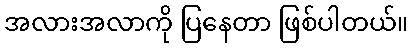
အလားအလာကို ပြနေတာ ဖြစ်ပါတယ်။